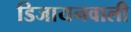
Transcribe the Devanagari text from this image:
डिजायनवाली